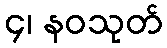
၄၊ နဝသုတ်